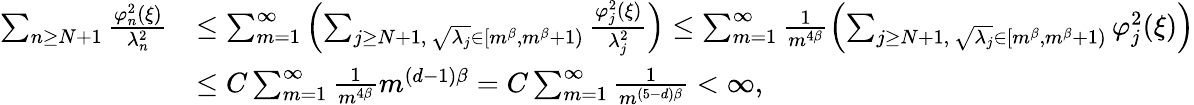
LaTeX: \begin{array}{rl}{\sum_{n\geq N+1}\frac{\varphi_{n}^{2}(\xi)}{\lambda_{n}^{2}}}&{\leq\sum_{m=1}^{\infty}\left(\sum_{j\geq N+1,\, \sqrt{\lambda_{j}}\in[m^{\beta},m^{\beta}+1)}\frac{\varphi_{j}^{2}(\xi)}{\lambda_{j}^{2}}\right)\leq\sum_{m=1}^{\infty}\frac{1}{m^{4\beta}}\left(\sum_{j\geq N+1,\, \sqrt{\lambda_{j}}\in[m^{\beta},m^{\beta}+1)}\varphi_{j}^{2}(\xi)\right)}\\ &{\leq C\sum_{m=1}^{\infty}\frac{1}{m^{4\beta}}m^{(d-1)\beta}=C\sum_{m=1}^{\infty}\frac{1}{m^{(5-d)\beta}}<\infty,}\end{array}